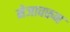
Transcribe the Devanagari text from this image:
मेजावरून